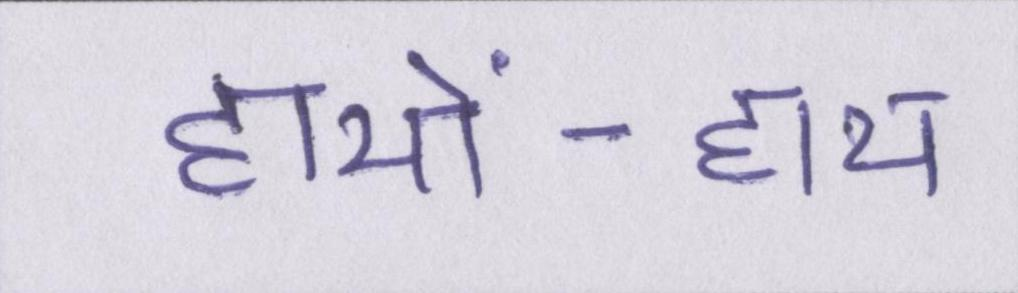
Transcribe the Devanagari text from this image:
हाथों-हाथ